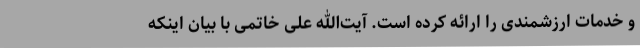
و خدمات ارزشمندی را ارائه کرده است. آیت‌الله علی خاتمی با بیان اینکه